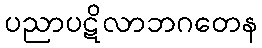
ပညာပဋိလာဘဂတေန